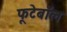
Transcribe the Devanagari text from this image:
फूटेबॉल